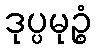
ဒုပ္ပမုဉ္စံ